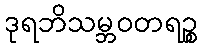
ဒုရဘိသမ္ဘဝတရဉ္စ